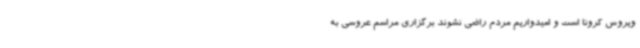
ویروس کرونا است و امیدواریم مردم راضی نشوند برگزاری مراسم عروسی به